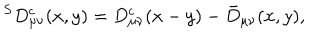
^ S D _ { \mu \nu } ^ { \mathrm { c } } ( x , y ) = D _ { \mu \nu } ^ { \mathrm { c } } ( x - y ) - \bar { D } _ { \mu \nu } ( x , y ) ,